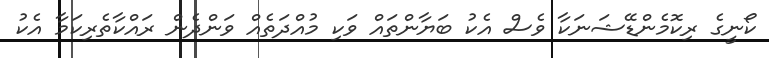
ކޯނީގެ ރިކޮމެންޑޭޝަނަކާ ވެސް އެކު ބަޔާންތައް ވަކި މުއްދަތެއް ވަންދެން ރައްކާތެރިކަމާ އެކު